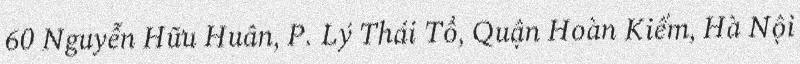
60 Nguyễn Hữu Huân, P. Lý Thái Tổ, Quận Hoàn Kiếm, Hà Nội